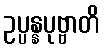
ဥပ္ပန္နပုဗ္ဗာတိ